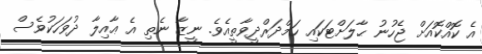
އެ ކޮއްކޮއަށް ޖެހުނު ޙާލަށްޓަކައި ހަމްދަރްދީވާތީއެވެ. ނީޒާ ނެތި އެ ޢާއިލާ ދުވަހަކުވެސް